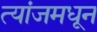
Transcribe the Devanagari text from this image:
त्यांजमधून